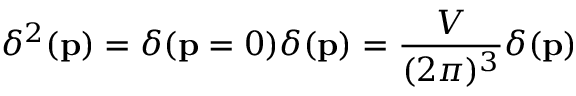
\delta ^ { 2 } ( \mathbf { p } ) = \delta ( \mathbf { p } = 0 ) \delta ( \mathbf { p } ) = \frac { \cal { V } } { ( 2 \pi ) ^ { 3 } } \delta ( \mathbf { p } )